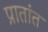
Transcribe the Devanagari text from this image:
प्रातांत